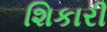
શિકારી